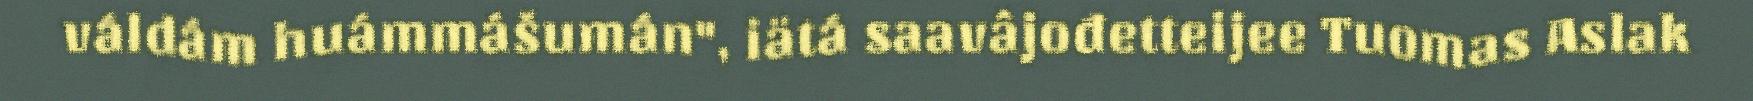
váldám huámmášumán", iätá saavâjođetteijee Tuomas Aslak